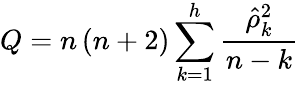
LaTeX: Q=n\left(n+2\right)\sum_{k=1}^{h}{\frac{{\hat{\rho}}_{k}^{2}}{n-k}}